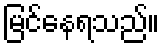
မြင်နေရသည်။